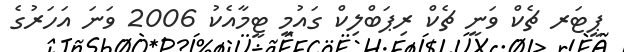
ޕީޓަރ ޗެކް ވަނީ ޗެކް ރިޕަބްލިކް ގައުމީ ޓީމާއެކު 2006 ވަނަ އަަހަރުގެ